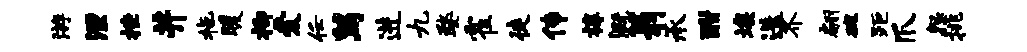
游湮挫井拖暖柳爱任舄进九婺霍徒传椁溉翁承酣埃迭齐翩碗距爪怨挑